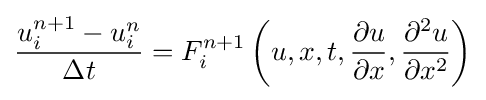
{\frac {u_{i}^{n+1}-u_{i}^{n}}{\Delta t}}=F_{i}^{n+1}\left(u,x,t,{\frac {\partial u}{\partial x}},{\frac {\partial ^{2}u}{\partial x^{2}}}\right)